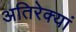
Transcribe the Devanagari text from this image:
अतिरेक्यां